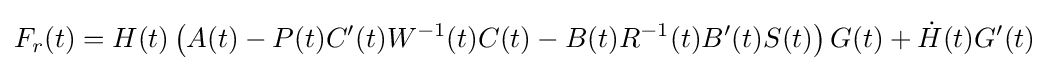
F_{r}(t)=H(t)\left(A(t)-P(t)C'(t)W^{-1}(t)C(t)-B(t)R^{-1}(t)B'(t)S(t)\right)G(t)+{\dot {H}}(t)G'(t)